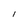
Character: l